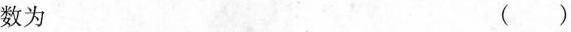
数为 ( )